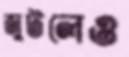
জুটলেও